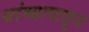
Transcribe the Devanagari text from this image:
थांब्यापासून